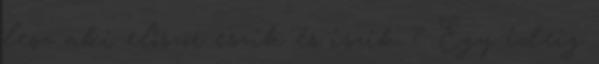
lesz aki először eszik és iszik ? Egy ideig